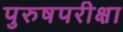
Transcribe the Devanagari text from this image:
पुरुषपरीक्षा